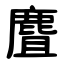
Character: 麆